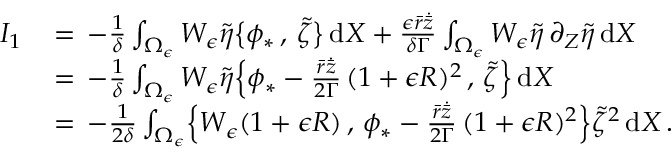
\begin{array} { r l } { I _ { 1 } \, } & { = \, - \frac { 1 } { \delta } \int _ { \Omega _ { \epsilon } } W _ { \epsilon } \tilde { \eta } \bigl \{ \phi _ { * } \, , \, \tilde { \zeta } \bigr \} \, \mathrm { d } X + \frac { \epsilon \bar { r } \dot { \bar { z } } } { \delta \Gamma } \int _ { \Omega _ { \epsilon } } W _ { \epsilon } \tilde { \eta } \, \partial _ { Z } \tilde { \eta } \, \mathrm { d } X } \\ { \, } & { = \, - \frac { 1 } { \delta } \int _ { \Omega _ { \epsilon } } W _ { \epsilon } \tilde { \eta } \Bigl \{ \phi _ { * } - \frac { \bar { r } \dot { \bar { z } } } { 2 \Gamma } \, ( 1 + \epsilon R ) ^ { 2 } \, , \, \tilde { \zeta } \Bigr \} \, \mathrm { d } X } \\ { \, } & { = \, - \frac { 1 } { 2 \delta } \int _ { \Omega _ { \epsilon } } \Bigl \{ W _ { \epsilon } ( 1 + \epsilon R ) \, , \, \phi _ { * } - \frac { \bar { r } \dot { \bar { z } } } { 2 \Gamma } \, ( 1 + \epsilon R ) ^ { 2 } \Bigr \} \tilde { \zeta } ^ { 2 } \, \mathrm { d } X \, . } \end{array}